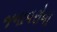
જનાવરોના